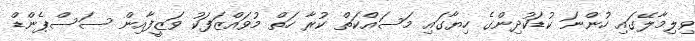
ވިލިމާލޭގައި ހުންނަ ކުޑަކުދިންގެ ހިޔާގައި މަސައްކަތް ކުރާ ހަތް މުވައްޒަފަކު ވަޒީފާއިން ސަސްޕެންޑް